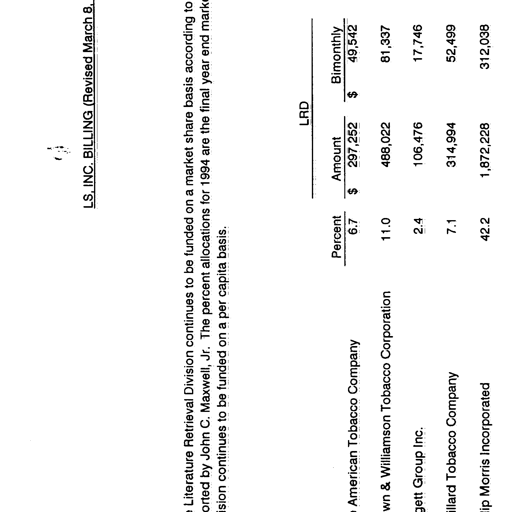
Transcript:
LS, INC. BILLING (Revised March 8, 1994)

Literature Retrieval Division continues to be funded on a market share basis according to a report
orted by John C. Maxwell, Jr. The percent allocations for 1994 are the final year end market shares.
division continues to be funded on a per capita basis.

LRD

Percent Amount Bimonthly
American Tobacco Company 6.7 $ 297,252 $ 49,542
wn & Williamson Tobacco Corporation 11.0 488,022 81,337
gett Group Inc. 2.4 106,476 17,746
illard Tobacco Company 7.1 314,994 52,499
ip Morris Incorporated 42.2 1,872,228 312,038